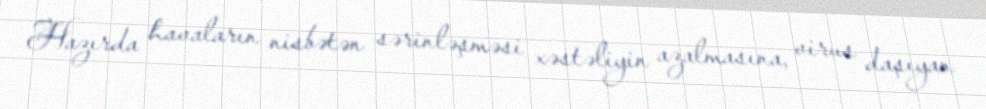
Hazırda havaların nisbətən sərinləşməsi xəstəliyin azalmasına, virus daşıyan